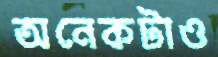
অনেকটাও